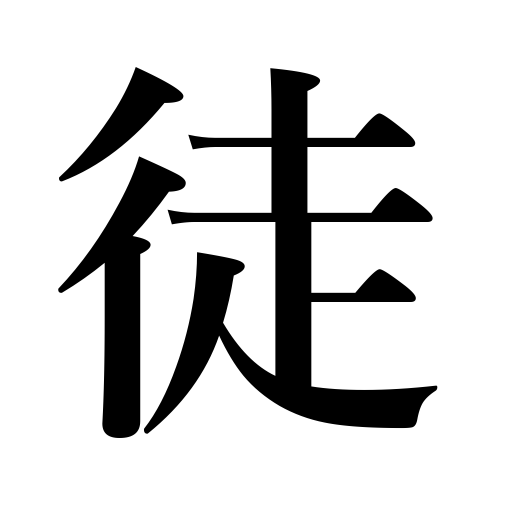
Meanings: companions,party,gang,people,set